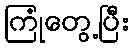
ကြုံတွေ့ပြီး